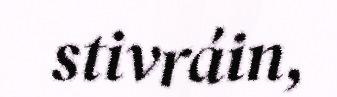
stivráin,